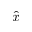
\hat { x }